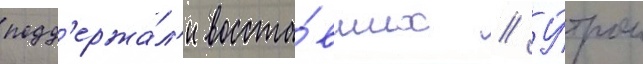
подд'ержа́л'и восста́вших // У́тром